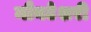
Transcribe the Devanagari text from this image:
मौनटेशरी